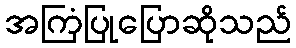
အကြံပြုပြောဆိုသည်